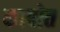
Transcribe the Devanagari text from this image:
कापोत